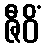
ဇီဝိံ